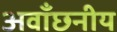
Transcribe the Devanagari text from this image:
अवाँछनीय